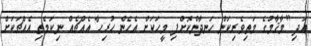
އަދި ''މާޤާމުގެ މަތިވެރިކަން ހަނދާންކޮށްފި މީހަކަށް އެހެން ހުރިހާ އެއްޗެއް ނިކަމެތި އެއްޗަކަށް